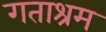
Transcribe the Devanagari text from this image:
गताश्रम